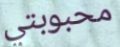
محبوبتي